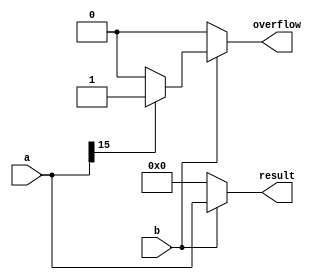
module mul_aid #(parameter shift = 0) (output reg [15:0] result,output reg overflow, input [15:0] a, input b);
	reg [15:0] result_recovery;

	always @(*) begin
		overflow = 0;
		if(b == 0)
			result = 0;
		else begin
			result = a<<shift;
			result_recovery = result>>shift;
			if(result[15] == 1 || a != result_recovery) // overflow condition
				overflow = 1;
				
		end
	end
endmodule